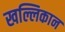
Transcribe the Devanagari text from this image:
खल्लिकान